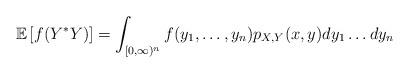
LaTeX: \begin{align*} \mathbb E \left[f(Y^*Y) \right] = \int_{[0,\infty)^n} f(y_1, \ldots, y_n) p_{X,Y}(x,y) dy_1 \ldots dy_n \end{align*}